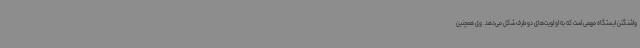
واشنگتن ایستگاه مهمی است که به اولویت‌های دوطرف شکل می‌دهد. وی همچنین